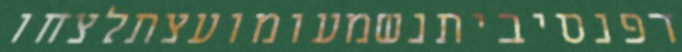
דפנסיביתנשמעומועצתלצחו